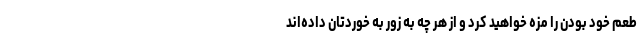
طعم خود بودن را مزه خواهید کرد و از هر چه به زور به خوردتان داده‌اند